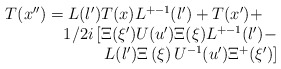
\begin{align*}\begin{array}{l}T(x^{\prime \prime }) = L(l^{\prime })T(x)L^{+-1}(l^{\prime }) +T(x^{\prime }) +\\\phantom{T(x^{\prime \prime }) = } 1/2i\left[\Xi(\xi^{\prime})U(u^{\prime })\Xi (\xi)L^{+-1}(l^{\prime }) - \right.\\\phantom{T(x^{\prime \prime }) = asdf}\left. L(l^{\prime })\Xi \left( \xi \right)U^{-1}(u^{\prime })\Xi ^{+}(\xi ^{\prime })\right]\end{array}\end{align*}